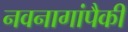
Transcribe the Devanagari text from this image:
नवनागांपैकी